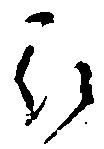
被